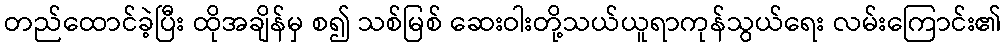
တည်ထောင်ခဲ့ပြီး ထိုအချိန်မှ စ၍ သစ်မြစ် ဆေးဝါးတို့သယ်ယူရာကုန်သွယ်ရေး လမ်းကြောင်း၏